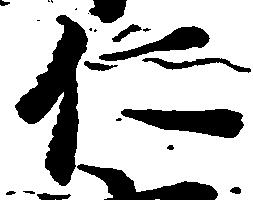
仁